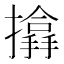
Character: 𢷨